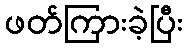
ဖတ်ကြားခဲ့ပြီး